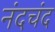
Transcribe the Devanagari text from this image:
नंदचंद